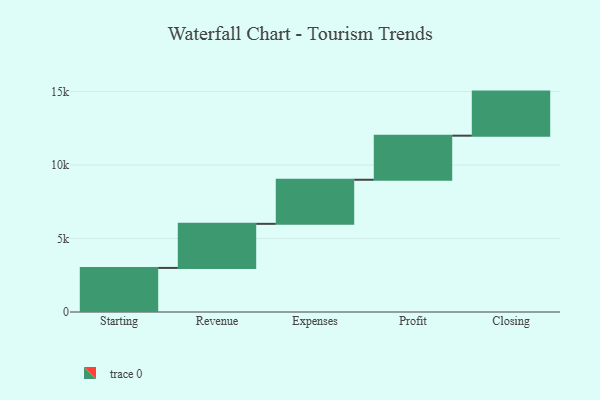
{"axis": {"x": "Step", "y": "Value"}, "legend": [""], "data": [{"x": "Starting", "y": 3000, "type": ""}, {"x": "Revenue", "y": 3000, "type": ""}, {"x": "Expenses", "y": 3000, "type": ""}, {"x": "Profit", "y": 3000, "type": ""}, {"x": "Closing", "y": 3000, "type": ""}]}